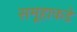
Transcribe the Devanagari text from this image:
समूहाकडे